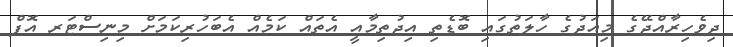
ދިވެހިރާއްޖޭގެ މިއަދުގެ ހާލަތުގައި ބޮޑެތި އިޖުތިމާއީ އެތައް ކަމެއް އެބަހުރިކަމަށް މިނިސްޓަރ އޮފް